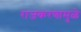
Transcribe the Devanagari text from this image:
राजकरणामुळे